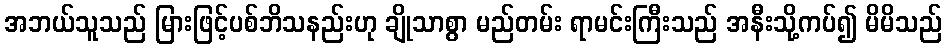
အဘယ်သူသည် မြားဖြင့်ပစ်ဘိသနည်းဟု ချိုသာစွာ မည်တမ်း ရာမင်းကြီးသည် အနီးသို့ကပ်၍ မိမိသည်